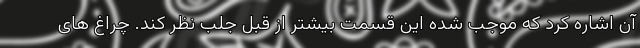
آن اشاره کرد که موجب شده این قسمت بیشتر از قبل جلب نظر کند. چراغ های